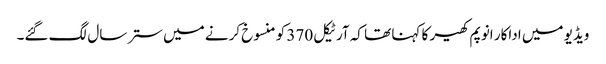
ویڈیو میں اداکار انوپم کھیر کا کہنا تھا کہ آرٹیکل 370 کو منسوخ کرنے میں ستر سال لگ گئے۔